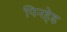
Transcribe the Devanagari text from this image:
पिनहेड